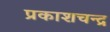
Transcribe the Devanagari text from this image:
प्रकाशचन्द्र